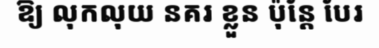
ឱ្យ លុកលុយ នគរ ខ្លួន ប៉ុន្តែ បែរ